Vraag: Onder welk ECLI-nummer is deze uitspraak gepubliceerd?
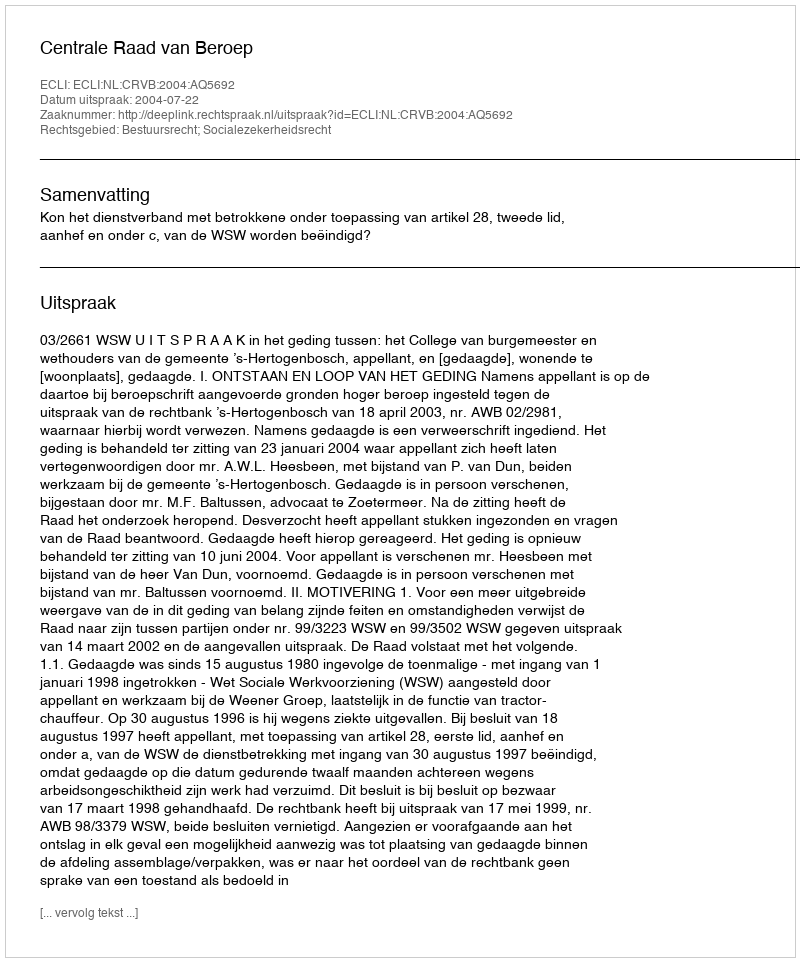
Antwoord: ECLI:NL:CRVB:2004:AQ5692